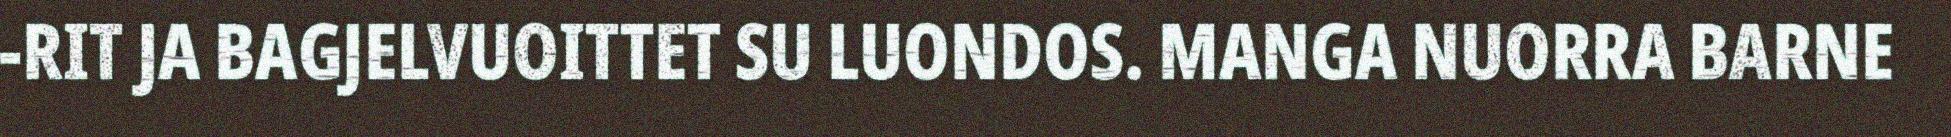
-RIT JA BAGJELVUOITTET SU LUONDOS. MANGA NUORRA BARNE